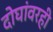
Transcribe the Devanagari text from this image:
दोघांवरही